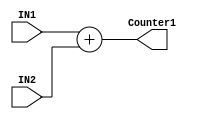
module ALU_ADD(IN1, IN2, Counter1);

input [31:0] IN1;
input [31:0] IN2;
output [31:0] Counter1;

assign Counter1 = IN1 + IN2;
always @(*) begin
    $display("ALU_ADD: %b %b %b", IN1, IN2, Counter1);
end


endmodule